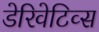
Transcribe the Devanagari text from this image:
डेरिवेटिव्स